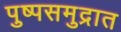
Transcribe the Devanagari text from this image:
पुष्पसमुद्रात